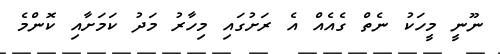
ނޫނީ މީހަކު ނެތް ގެއެއް އެ ރަށުގައި މިހާރު މަދު ކަމަށާއި ކޮންމެ